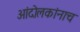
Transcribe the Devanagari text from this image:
आंदोलकांनाच